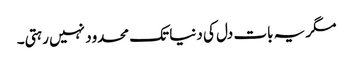
مگر یہ بات دل کی دنیا تک محدود نہیں رہتی۔